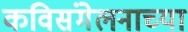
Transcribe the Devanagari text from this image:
कविसंमेलनाच्या